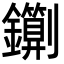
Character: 䥷